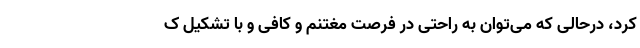
کرد، درحالی که می‌توان به راحتی در فرصت مغتنم و کافی و با تشکیل ک